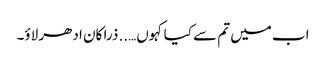
اب میں تم سے کیا کہوں….. ذرا کان ادھر لاؤ۔